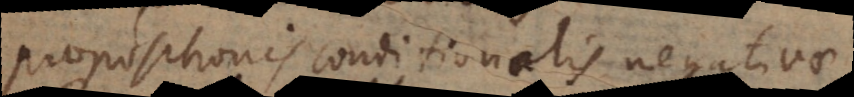
propositionis conditionalis negativae.